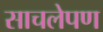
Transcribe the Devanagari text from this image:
साचलेपण